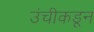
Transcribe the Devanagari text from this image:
उंचीकडून